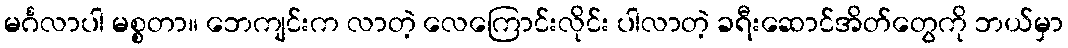
မင်္ဂလာပါ မစ္စတာ။ ဘေကျင်းက လာတဲ့ လေကြောင်းလိုင်း ပါလာတဲ့ ခရီးဆောင်အိတ်တွေကို ဘယ်မှာ